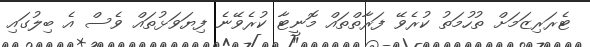
ޓެރަރިޒަމަށް ތުހުމަތު ކުރެވޭ ފަރާތްތައް މޮނީޓާ ކުރެވޭނެ ފިޔަވަޅުތައް ވެސް އެ ބިލުގައި